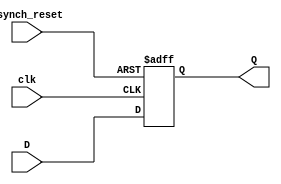
`timescale 1ns / 1ps
//////////////////////////////////////////////////////////////////////////////////
// Company: 
// Engineer: 
// 
// Design Name: 
// Module Name: Debouncing
// Project Name: 
// Target Devices: 
// Tool Versions: 
// Description: 
// 
// Dependencies: 
// 
// Revision:
// Revision 0.01 - File Created
// Additional Comments:
// 
//////////////////////////////////////////////////////////////////////////////////

module DFlipFlopAsynchReset(
    input D,
    input clk,
    input asynch_reset,
    output reg Q
    );
    
    always @ (posedge clk or posedge asynch_reset)
    begin
        if (asynch_reset) Q <= 0; else Q <= D;
    end
    
endmodule

module Debouncing(
   input pb_1, // input push button signal
   input clk,
   output pb_out // output push button signal
    );
    
wire slow_clk_en; // wire that holds the low frequency clock enable signal (need slow clock for debouncing)
wire Q1, Q2, Q2_bar; // wires to hold output of the two D Flip Flops
    
clock_enable slowclken (clk, pb_1, slow_clk_en);
    
DFlipFlopAsynchReset D1(.clk(clk), .asynch_reset(slow_clk_en), .D(pb_1), .Q(Q1));
DFlipFlopAsynchReset D2(.clk(clk), .asynch_reset(slow_clk_en), .D(Q1), .Q(Q2));
    
 assign Q2_bar = ~Q2;
 assign pb_out = Q1 & Q2_bar;
 
 endmodule
    
module clock_enable (input clk,pb_1, output reg slow_clk_en);
    reg[26:0] counter = 0;
    reg count;
        always @ (posedge clk, negedge pb_1)
        begin
            if (pb_1 == 0)begin
                counter <= 0;
            end
            else begin
                count <= (counter >= 249999) ? 1'b1:1'b0;
            end
         slow_clk_en = (counter == 249999) ? 1'b1:1'b0;
        end
endmodule